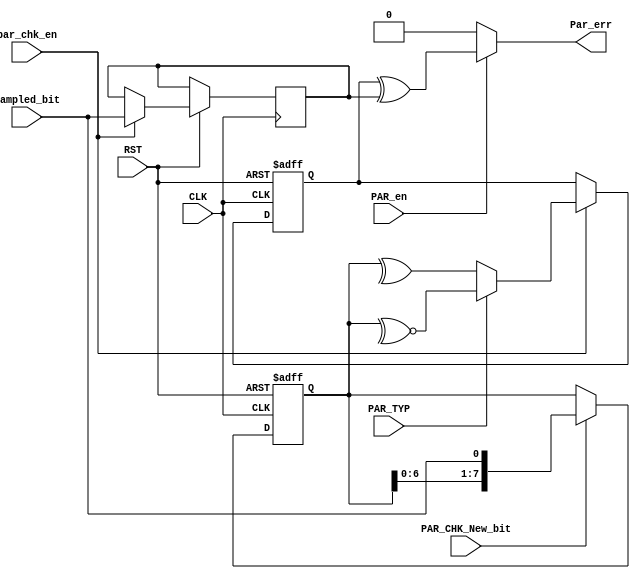
module PAR_CHK (
    input wire PAR_en,
    input wire sampled_bit,
    input wire par_chk_en,
    input wire PAR_TYP,
    input wire PAR_CHK_New_bit ,
    input wire RST ,
    input wire CLK ,
    output wire Par_err
);


reg PAR_bit;
reg TX_Par;
reg [7:0] shift_reg;

always @(posedge CLK or negedge RST) begin
    if(!RST)
        begin
            shift_reg<=8'b0;
        end
    else
        begin
            if (PAR_CHK_New_bit) 
                begin
                    shift_reg<={shift_reg,sampled_bit};
                end
            else
                begin
                    shift_reg<=shift_reg;
                end
        end  
   end 



   
always @(posedge CLK or negedge RST) begin
    if(!RST)
        begin
            PAR_bit<=1'b0;
        end
    else
        begin
            if (par_chk_en) 
                begin
                    TX_Par<=sampled_bit;
                    if (PAR_TYP) 
                        begin
                         //1 :odd parity
                        PAR_bit=~^shift_reg; 
                        end
                    else
                        begin
                        //0 :even parity
                        PAR_bit=^shift_reg;   
                        end
                end
            else
                begin
                    PAR_bit<=PAR_bit;
                end
        end  
   end 



assign Par_err =(PAR_en)?(PAR_bit^TX_Par):0; 


    
endmodule